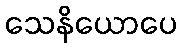
သေနိယောပေ